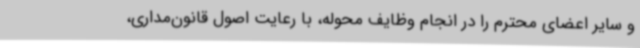
و سایر اعضای محترم را در انجام وظایف محوله، با رعایت اصول قانون‌مداری،